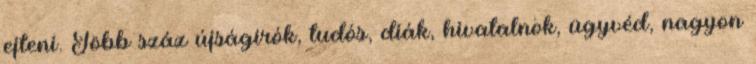
ejteni. Több száz újságírók, tudós, diák, hivatalnok, ügyvéd, nagyon